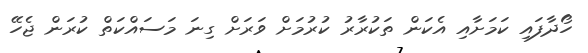
ހޯދާފައި ކަމަށާއި އެކަން ތަކުރާރު ކުރުމަށް ވަރަށް ގިނަ މަސައްކަތް ކުރަން ޖެހޭ